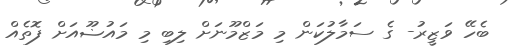
ބެހޭ ވަޒީރު- ގެ ސަމާލުކަން މި މަޒްމޫނަށް ލިބި މި މައުޟޫއަށް ފޮތެއް